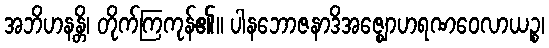
အဘိဟနန္တိ၊ တိုက်ကြကုန်၏။ ပါနဘောဇနာဒိအဇ္ဈောဟရဏဝေလာယဉ္စ၊